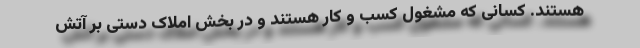
هستند. کسانی که مشغول کسب و کار هستند و در بخش املاک دستی بر آتش